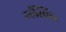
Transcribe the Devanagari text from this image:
ग्लैंविल